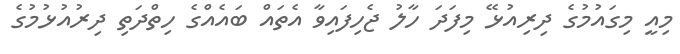
މިއީ މިގައުމުގެ ދިރިއުޅޭ މިފަދަ ހާލު ޖެހިފައިވާ އެތައް ބައެއްގެ ހިތްދަތި ދިރުއުޅުމުގެ